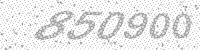
Solution: 850900